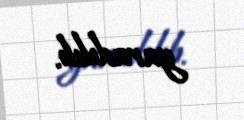
yaradılıb.